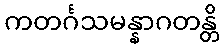
ကတင်္ဂသမန္နာဂတန္တိ